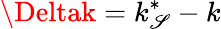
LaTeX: \Deltak=k_{\mathscr{S}}^{*}-k